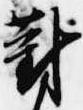
対